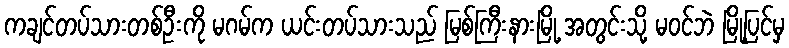
ကချင်တပ်သားတစ်ဦးကို မဂမ်က ယင်းတပ်သားသည် မြစ်ကြီးနားမြို့ အတွင်းသို့ မဝင်ဘဲ မြို့ပြင်မှ